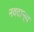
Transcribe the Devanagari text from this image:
नवदान्य